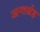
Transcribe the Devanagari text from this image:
अन्तर्ग्रह